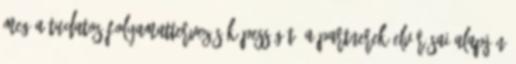
meg a tudatos folyamattervezés képességét, a partnerek elvárásai alapján